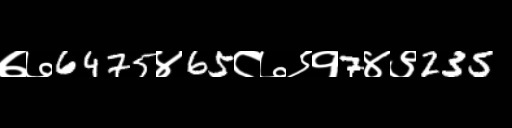
Text: ७७6475४65८७९१7४९235